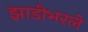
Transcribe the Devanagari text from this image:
झाडीभरले